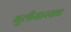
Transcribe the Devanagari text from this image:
मुलीसारखा